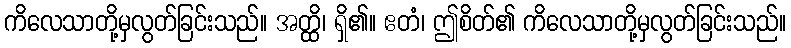
ကိလေသာတို့မှလွတ်ခြင်းသည်။ အတ္ထိ၊ ရှိ၏။ ဧတံ၊ ဤစိတ်၏ ကိလေသာတို့မှလွတ်ခြင်းသည်။